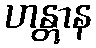
ဟန္တွာန